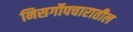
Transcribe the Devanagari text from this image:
निसर्गोपचारातील